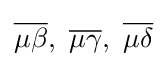
{\overline {\mu \beta }},\ {\overline {\mu \gamma }},\ {\overline {\mu \delta }}